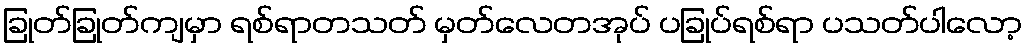
ခြုတ်ခြုတ်ကျမှာ ရစ်ရာတသတ် မှတ်လေတအုပ် ပခြုပ်ရစ်ရာ ပသတ်ပါလော့